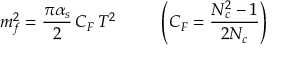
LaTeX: m _ { f } ^ { 2 } = \frac { \pi \alpha _ { s } } { 2 } \, C _ { F } \, T ^ { 2 } \; \; \; \; \; \; \; \; \; \left( C _ { F } = \frac { N _ { c } ^ { 2 } - 1 } { 2 N _ { c } } \right)